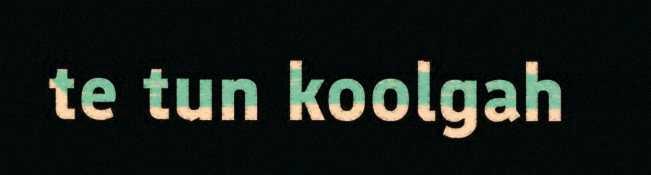
te tun koolgah